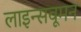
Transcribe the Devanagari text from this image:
लाइन्सवूमन